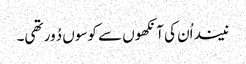
نیند اُن کی آنکھوں سے کوسوں دُور تھی۔